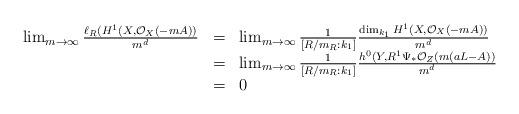
LaTeX: \begin{align*}\begin{array}{lll}\lim_{m\rightarrow\infty}\frac{\ell_R(H^1(X,\mathcal O_X(-mA))}{m^d}&=& \lim_{m\rightarrow\infty}\frac{1}{[R/m_R:k_1]}\frac{\dim_{k_1}H^1(X,\mathcal O_X(-mA))}{m^d}\\&=& \lim_{m\rightarrow\infty}\frac{1}{[R/m_R:k_1]}\frac{h^0(Y,R^1\Psi_*\mathcal O_Z(m(aL-A))}{m^d}\\&=&0\end{array}\end{align*}